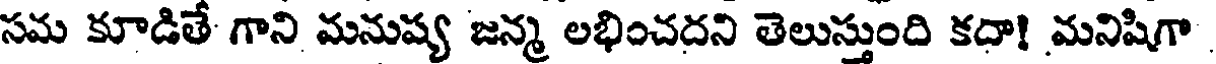
సమ కూడితే గాని మనుష్య జన్మ లభించదని తెలుస్తుంది కదా! మనిషిగా